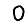
Digit: 0